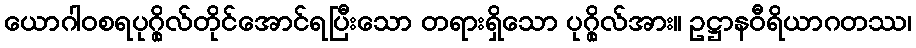
ယောဂါဝစရပုဂ္ဂိုလ်တိုင်အောင်ရပြီးသော တရားရှိသော ပုဂ္ဂိုလ်အား။ ဥဋ္ဌာနဝီရိယာဂတဿ၊